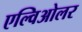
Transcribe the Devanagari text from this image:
एल्विओलर